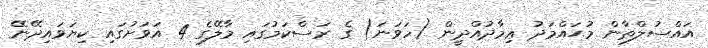
އައްސުލްޠާން މުޙައްމަދު ޢިމާދުއްދީން (ހަވަނަ) ގެ ރަސްކަމުގައި މާލޭގެ 4 އަވަށުގައި ކިޔަވައިދޭނޭ